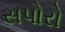
સપોરો